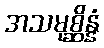
အသမုစ္ဆိန္နံ